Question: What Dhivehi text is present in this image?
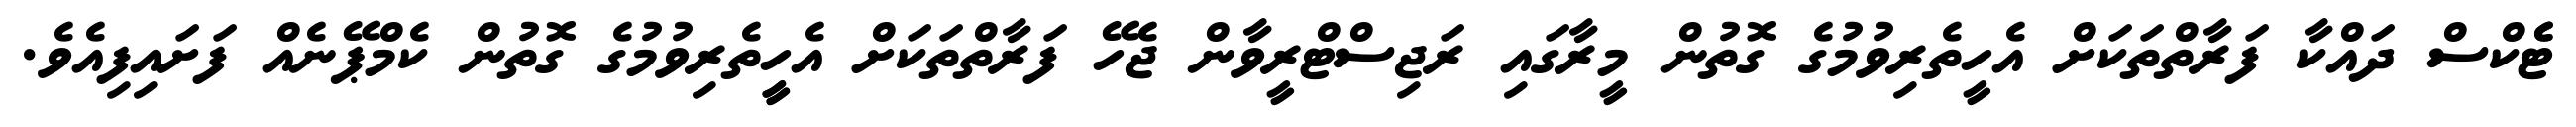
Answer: ޓެެކްސް ދައްކާ ފަރާތްތަކަށް އެހީތެރިވުމުގެ ގޮތުން މީރާގައި ރަޖިސްޓްރީވާން ޖެހޭ ފަރާތްތަކަށް އެހީީތެރިވުމުގެ ގޮތުން ކެމްޕޭނެއް ފަށައިފިއެވެ.